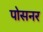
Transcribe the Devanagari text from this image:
पोसनर